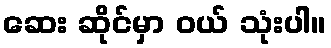
ဆေး ဆိုင်မှာ ဝယ် သုံးပါ။